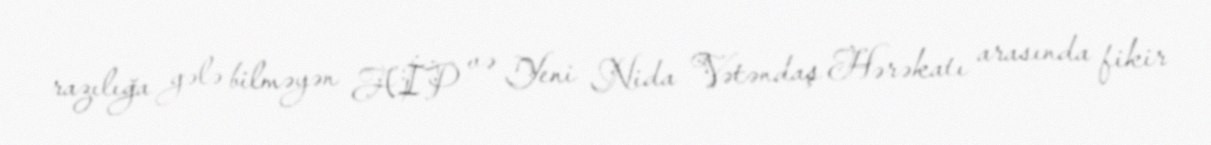
razılığa gələ bilməyən AİP və Yeni Nida Vətəndaş Hərəkatı arasında fikir